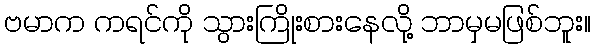
ဗမာက ကရင်ကို သွားကြိုးစားနေလို့ ဘာမှမဖြစ်ဘူး။